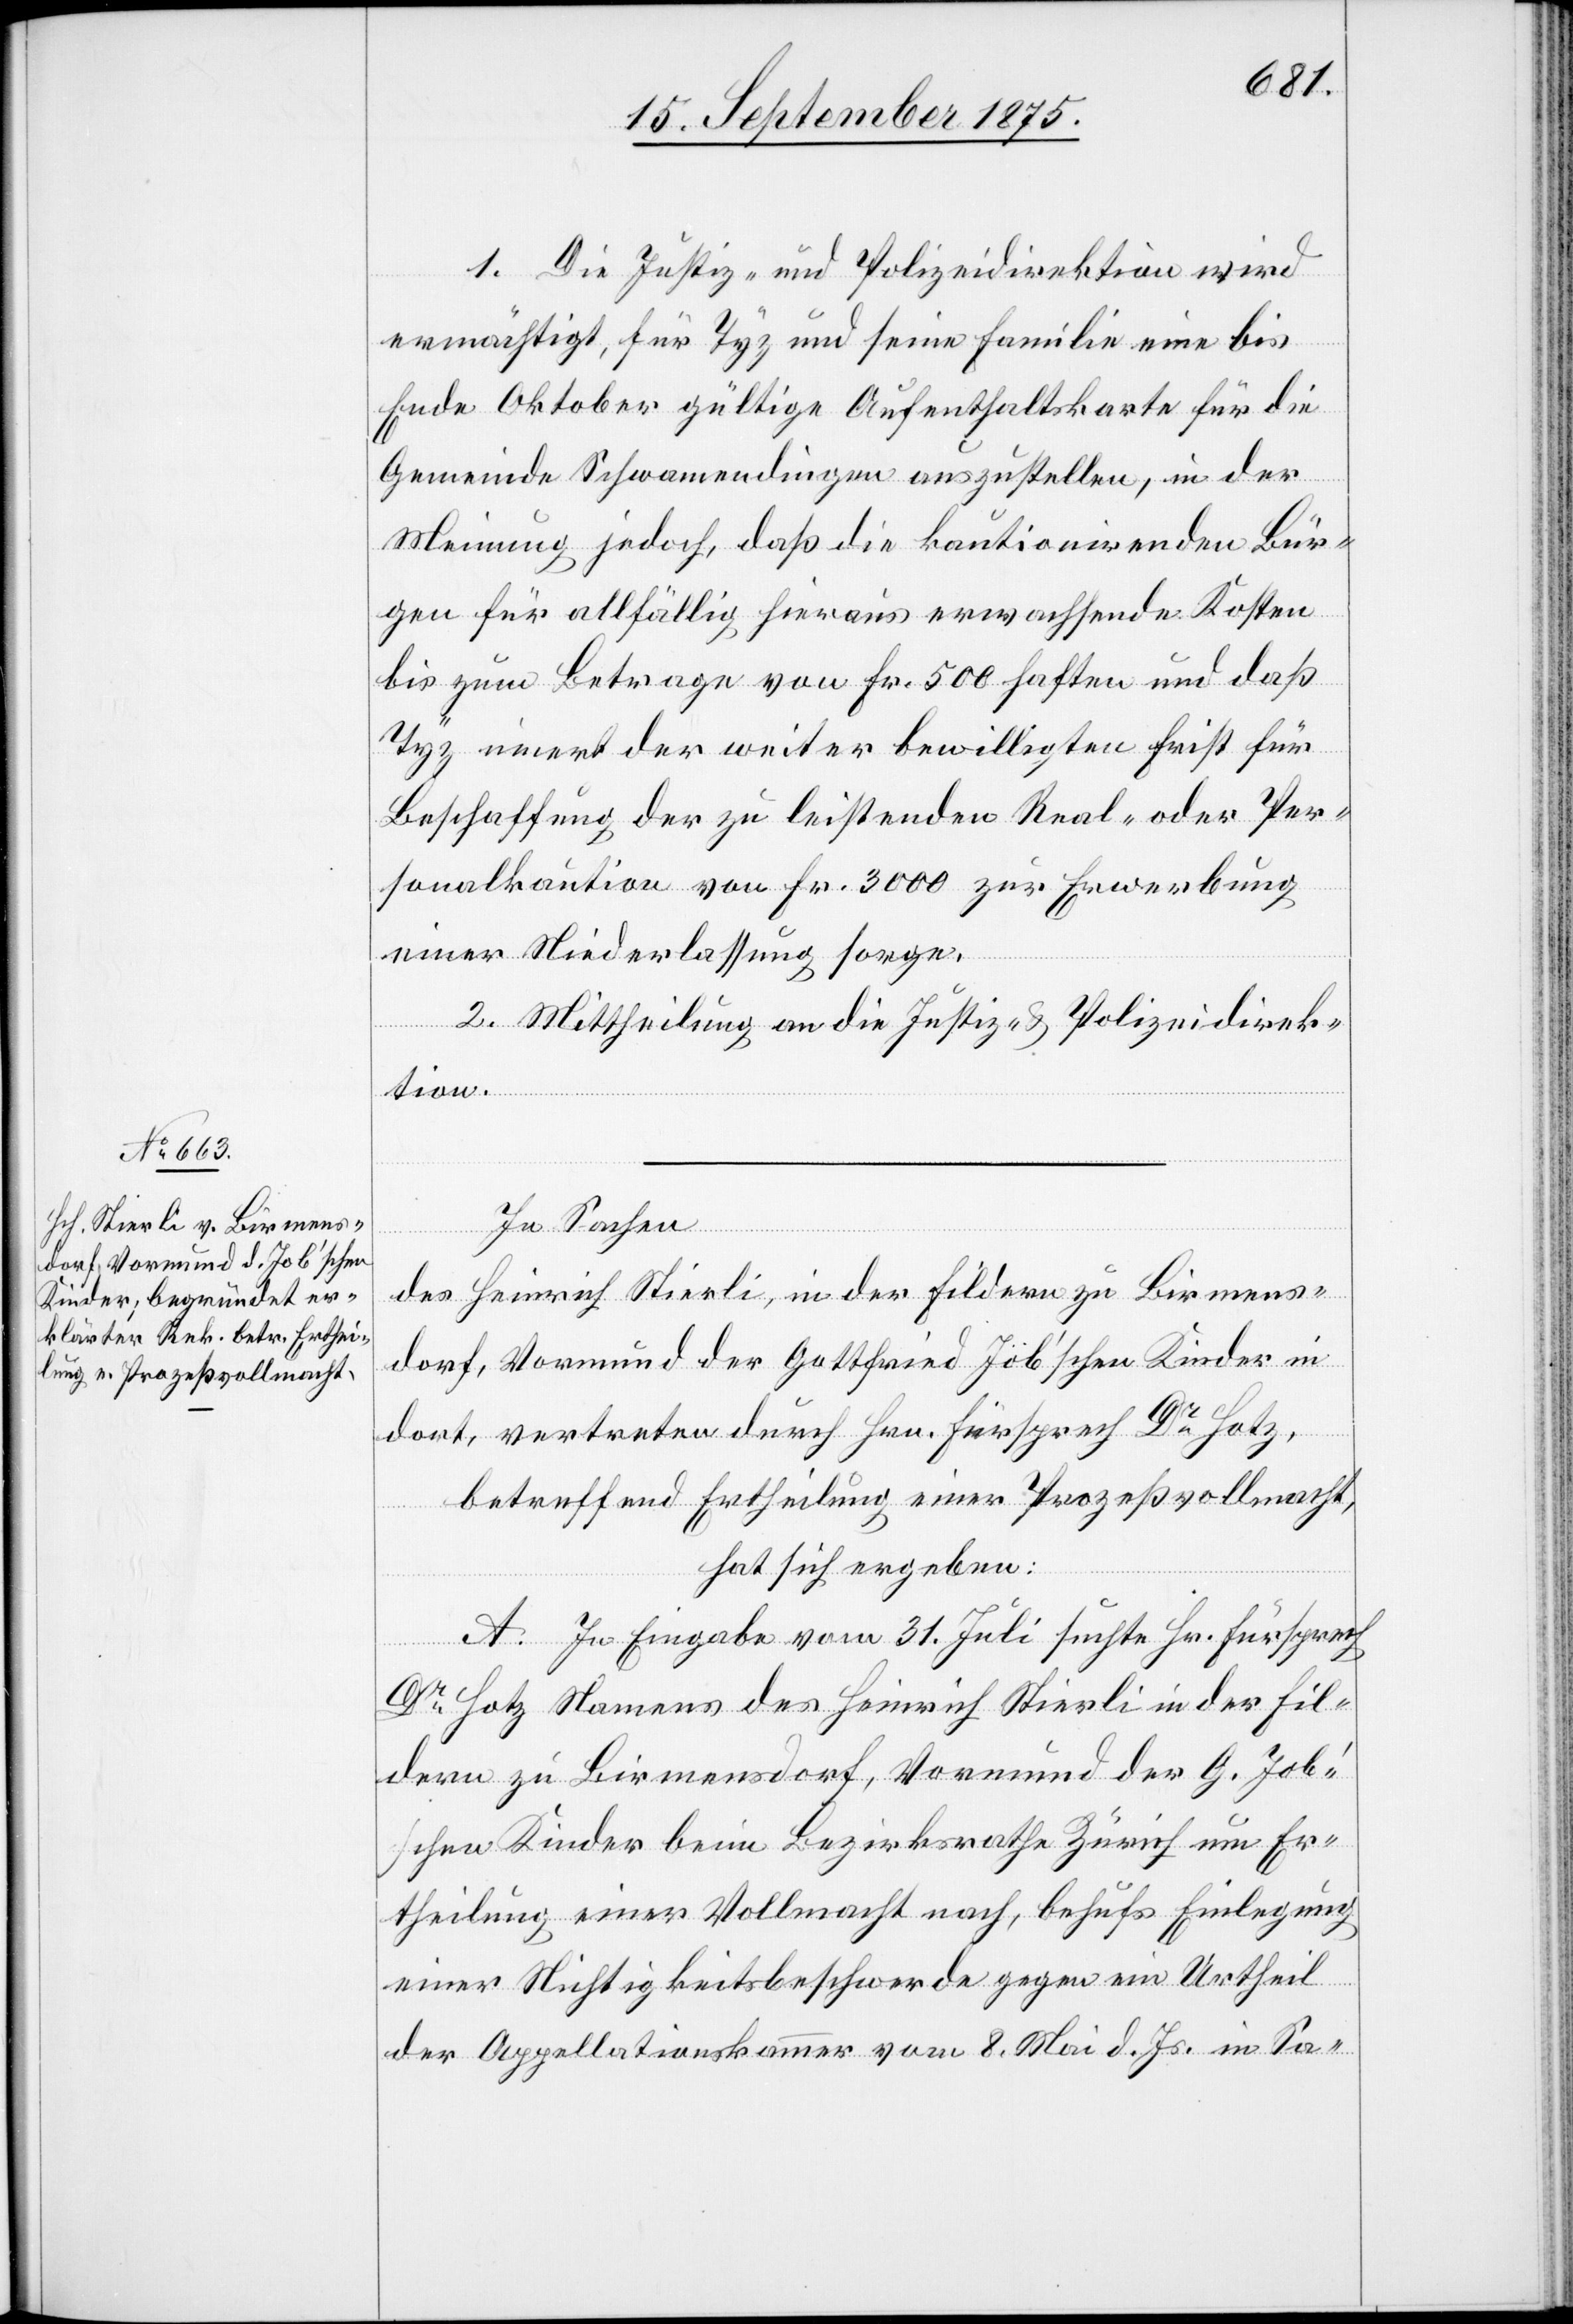
1. Die Justiz- und Polizeidirektion wird
ermächtigt, für Tyz und seine Familie eine bis
Ende Oktober gültige Aufenthaltskarte für die
Gemeinde Schwamendingen auszustellen, in der
Meinung jedoch, daß die kautionirenden Bür¬
gen für allfällig hieraus erwachsende Kosten
bis zum Betrage von Fr. 500 haften und daß
Tyz innert der weiter bewilligten Frist für
Beschaffung der zu leistenden Real- oder Per¬
sonalkaution von Fr. 3000 [sic!] zur Erwerbung
einer Niederlassung sorge.
2. Mittheilung an die Justiz- & Polizeidirek¬
tion.
In Sachen
des Heinrich Stierli, in der Fildern zu Birmens¬
dorf, Vormund der Gottfried Job’schen Kinder in
dort, vertreten durch Hrn. Fürsprech Dr Hotz,
betreffend Ertheilung einer Prozeßvollmacht,
hat sich ergeben:
A. In Eingabe vom 31. Juli suchte Hr. Fürsprech
Dr Hotz Namens des Heinrich Stierli in der Fil¬
dern zu Birmensdorf, Vormund der G. Job’s¬
chen Kinder beim Bezirksrathe Zürich um Er¬
theilung einer Vollmacht nach, behufs Einlegung
einer Nichtigkeitsbeschwerde gegen ein Urtheil
der Appellationskammer vom 8. Mai d. Js. in Sa-